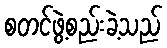
စတင်ဖွဲ့စည်းခဲ့သည်